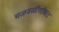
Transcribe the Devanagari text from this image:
चळवळींसोबत